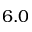
6 . 0